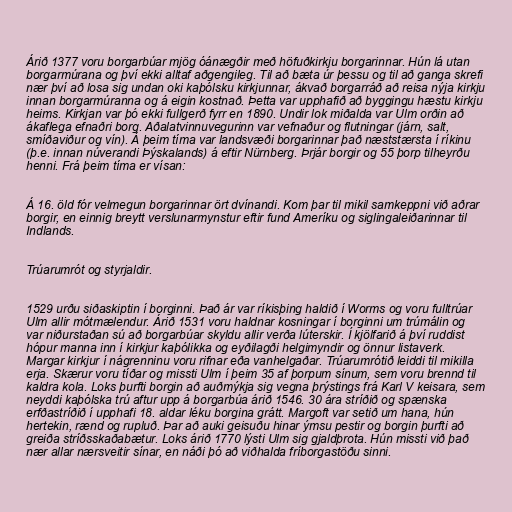
Árið 1377 voru borgarbúar mjög óánægðir með höfuðkirkju borgarinnar. Hún lá utan
borgarmúrana og því ekki alltaf aðgengileg. Til að bæta úr þessu og til að ganga skrefi
nær því að losa sig undan oki kaþólsku kirkjunnar, ákvað borgarráð að reisa nýja kirkju
innan borgarmúranna og á eigin kostnað. Þetta var upphafið að byggingu hæstu kirkju
heims. Kirkjan var þó ekki fullgerð fyrr en 1890. Undir lok miðalda var Ulm orðin að
ákaflega efnaðri borg. Aðalatvinnuvegurinn var vefnaður og flutningar (járn, salt,
smíðaviður og vín). Á þeim tíma var landsvæði borgarinnar það næststærsta í ríkinu
(þ.e. innan núverandi Þýskalands) á eftir Nürnberg. Þrjár borgir og 55 þorp tilheyrðu
henni. Frá þeim tíma er vísan:

Á 16. öld fór velmegun borgarinnar ört dvínandi. Kom þar til mikil samkeppni við aðrar
borgir, en einnig breytt verslunarmynstur eftir fund Ameríku og siglingaleiðarinnar til
Indlands.

Trúarumrót og styrjaldir.

1529 urðu siðaskiptin í borginni. Það ár var ríkisþing haldið í Worms og voru fulltrúar
Ulm allir mótmælendur. Árið 1531 voru haldnar kosningar í borginni um trúmálin og
var niðurstaðan sú að borgarbúar skyldu allir verða lúterskir. Í kjölfarið á því ruddist
hópur manna inn í kirkjur kaþólikka og eyðilagði helgimyndir og önnur listaverk.
Margar kirkjur í nágrenninu voru rifnar eða vanhelgaðar. Trúarumrótið leiddi til mikilla
erja. Skærur voru tíðar og missti Ulm í þeim 35 af þorpum sínum, sem voru brennd til
kaldra kola. Loks þurfti borgin að auðmýkja sig vegna þrýstings frá Karl V keisara, sem
neyddi kaþólska trú aftur upp á borgarbúa árið 1546. 30 ára stríðið og spænska
erfðastríðið í upphafi 18. aldar léku borgina grátt. Margoft var setið um hana, hún
hertekin, rænd og rupluð. Þar að auki geisuðu hinar ýmsu pestir og borgin þurfti að
greiða stríðsskaðabætur. Loks árið 1770 lýsti Ulm sig gjaldþrota. Hún missti við það
nær allar nærsveitir sínar, en náði þó að viðhalda fríborgastöðu sinni.